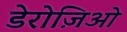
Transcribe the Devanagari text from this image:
डेरोज़िओ